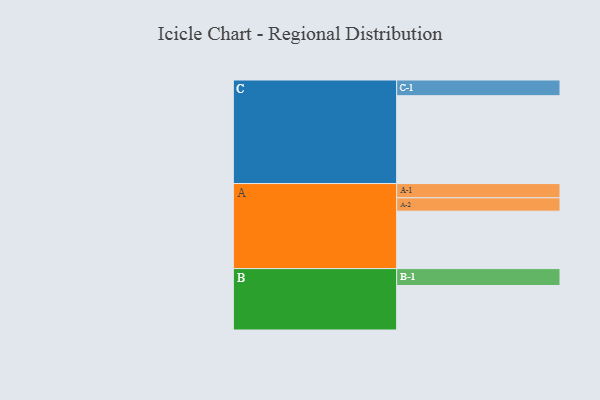
{"axis": {"x": "Segment", "y": "Value"}, "legend": ["", "A", "B", "C"], "data": [{"x": "A", "y": 391, "type": ""}, {"x": "B", "y": 303, "type": ""}, {"x": "C", "y": 598, "type": ""}, {"x": "A-1", "y": 97, "type": "A"}, {"x": "A-2", "y": 91, "type": "A"}, {"x": "B-1", "y": 115, "type": "B"}, {"x": "C-1", "y": 107, "type": "C"}]}